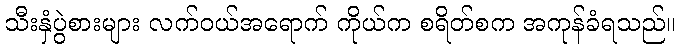
သီးနှံပွဲစားများ လက်ဝယ်အရောက် ကိုယ်က စရိတ်စက အကုန်ခံရသည်။